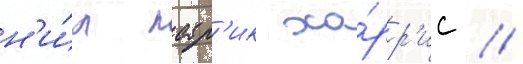
н'и́л патр'ик ха́рр'ис /